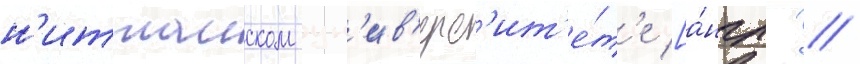
н'иттаиском ун'ив'ерс'ит'е́т'е [а́нгл. //